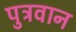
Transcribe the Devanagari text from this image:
पुत्रवान